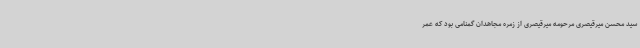
سید محسن میرقیصری مرحومه میرقیصری از زمره مجاهدان گمنامی بود که عمر